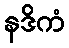
နဒိကံ